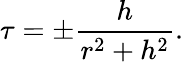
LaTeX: \tau=\pm{\frac{h}{r^{2}+h^{2}}}.